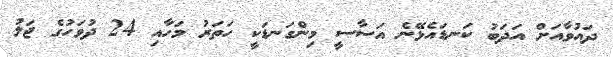
ދައުވާއަށް އަދަބު ކަނޑައެޅޭނެ އަސާސީ މިންގަނޑަކީ ހަތަރު މަހާއި 24 ދުވަހުގެ ޖަލު